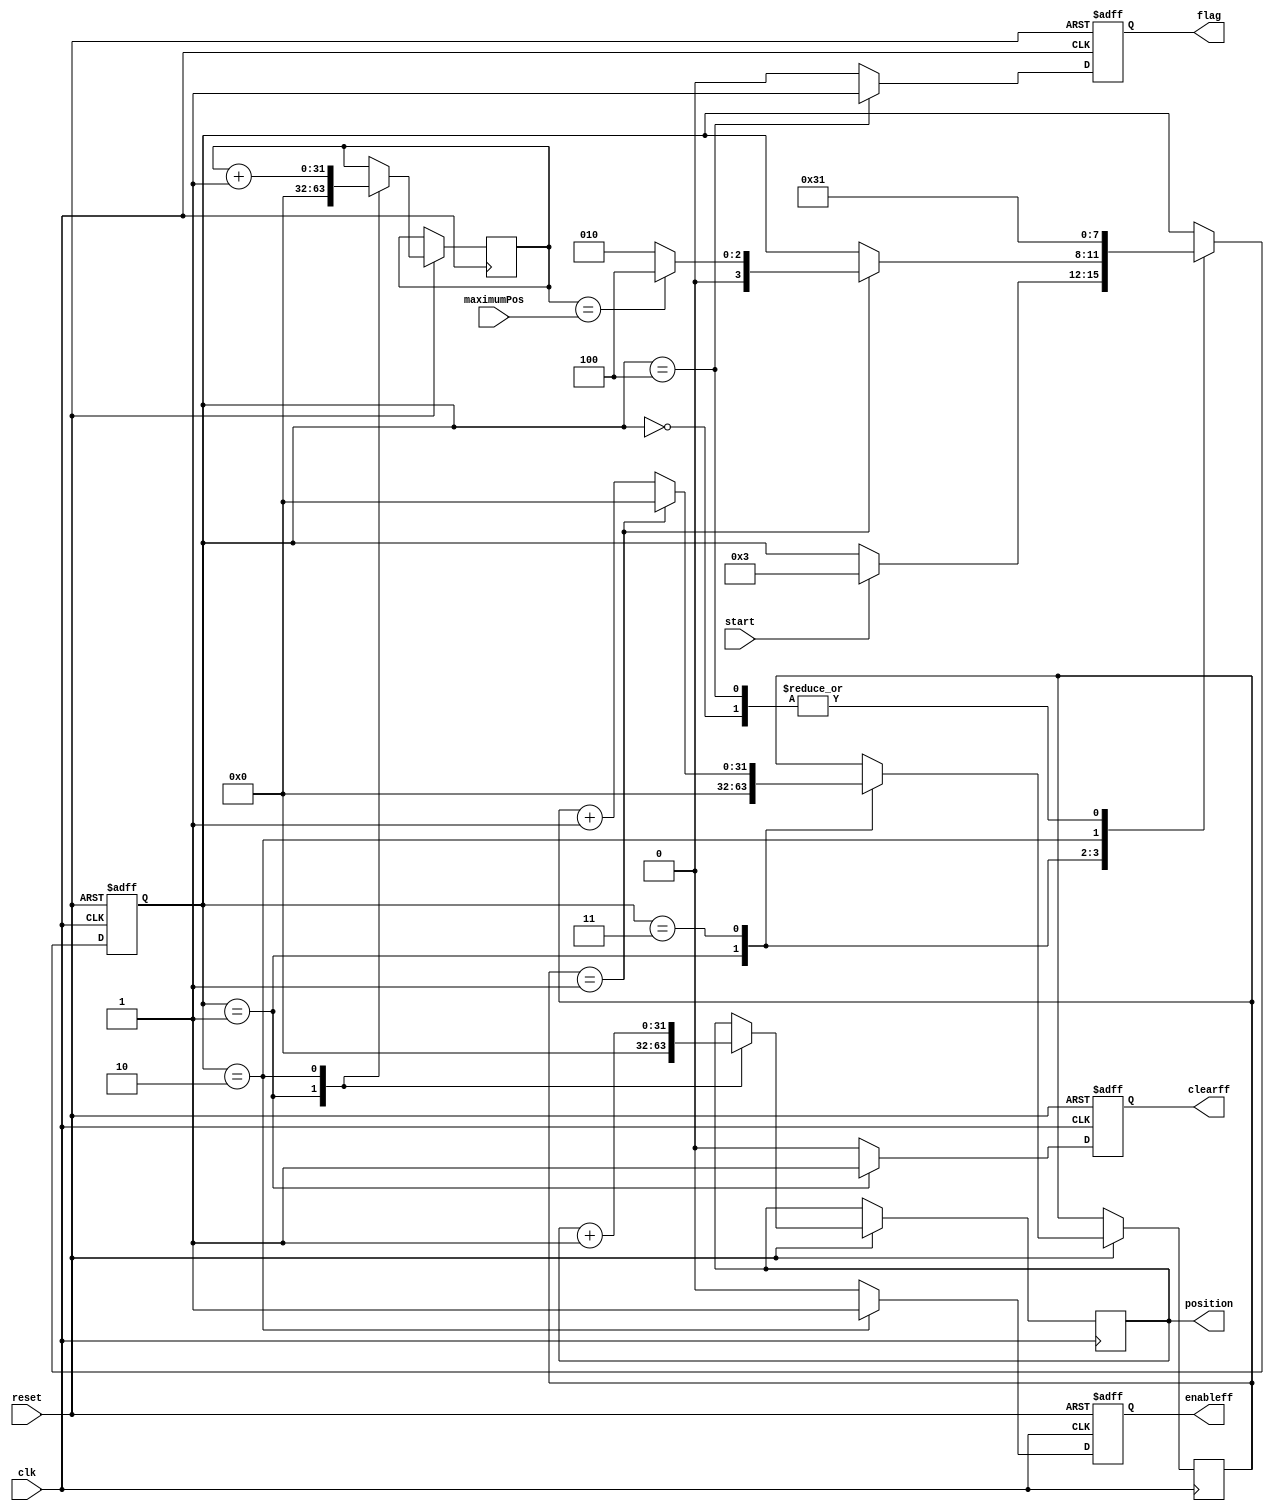
`timescale 1ns / 1ps
//////////////////////////////////////////////////////////////////////////////////
// Company: 
// Engineer: 
// 
// Design Name: 
// Module Name:    ControlSignalsGenerator 
// Project Name: 
// Target Devices: 
// Tool versions: 
// Description: Signal control for the Inner Product module
//
// Dependencies: InnerProduct.v
//
// Revision: 
// Revision 0.01 - File Created
// Additional Comments: 
//
//////////////////////////////////////////////////////////////////////////////////


module ControlInnerProduct #(parameter nBits=32) (
	input clk,
	input reset,
	input start,
	input [nBits-1:0] maximumPos,
	output reg [nBits-1:0] position,
	output reg clearff,enableff,flag

	);

	reg [nBits-1:0] counter;
	reg [nBits-1:0] counter2;
	reg [3:0] state;
	
	parameter Reset = 4'd0000;
	parameter WaitToStart = 4'd0001;
	parameter IncrementPos = 4'd0002;
	parameter WaitForOperation = 4'd0003;
	parameter End = 4'd0004;

 	always @ (posedge clk or negedge reset) begin
 		clearff<=0;
 		enableff<=0;
 		flag<=0;

	 	if (reset == 0) begin
			state <= Reset;
		end else begin

			case (state)
				Reset: begin
					state<=WaitToStart;
				end
				WaitToStart: begin
					counter<={nBits{1'b0}};
					counter2<={nBits{1'b0}};
					clearff<=1;
					position<={nBits{1'b0}};
					if (start == 1) begin
						state <= WaitForOperation;
					end
				end
				WaitForOperation: begin
					counter<=counter+1;
					if (counter==1) begin//CAMBIAR AQUI POR EL NUMERO DE CICLOS PARA CADA OPERACION. CREO QUE DEBE SER 2
						counter<={nBits{1'b0}};
						if(counter2==maximumPos) begin
							state<=End;
						end else begin
							state<=IncrementPos;
						end
					end
				end
				IncrementPos: begin
					enableff<=1;
					counter2<=counter2+1;
					position<=position+1;
					state<=WaitForOperation;
				end
				End: begin
					state<=WaitToStart;
					flag<=1;
				end
				endcase
			end
		end


endmodule